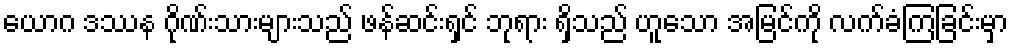
ယောဂ ဒဿန ဂိုဏ်းသားများသည် ဖန်ဆင်းရှင် ဘုရား ရှိသည် ဟူသော အမြင်ကို လက်ခံကြခြင်းမှာ